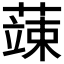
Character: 𮑕